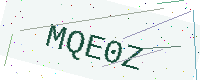
Text: MQE0Z